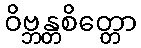
ဝိဗ္ဘန္တစိတ္တော